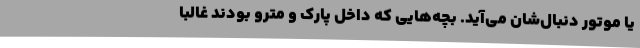
یا موتور دنبال‌شان می‌آید. بچه‌هایی که داخل پارک و مترو بودند غالبا